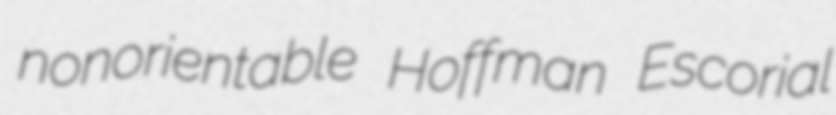
nonorientable Hoffman Escorial